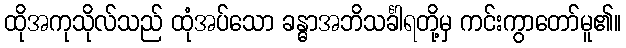
ထိုအကုသိုလ်သည် ထုံအပ်သော ခန္ဓာအဘိသင်္ခါရတို့မှ ကင်းကွာတော်မူ၏။